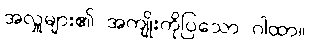
အလှူများ၏ အကျိုးကိုပြသော ဂါထာ။